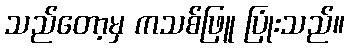
သည်တော့မှ ကသစ်ဖြူ ပြုံးသည်။